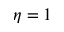
\eta = 1